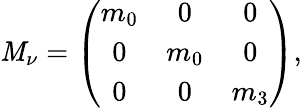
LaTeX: {\cal\mathit{M}}_{\nu}=\left(\begin{array}{ccc}{{m_{0}}}&{{0}}&{{0}}\\ {{0}}&{{m_{0}}}&{{0}}\\ {{0}}&{{0}}&{{m_{3}}}\end{array}\right),